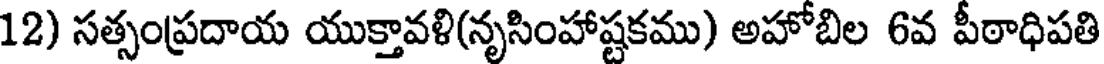
12) సత్సంప్రదాయ యుక్తావళి(నృసింహాష్టకము) అహోబిల 6వ పీఠాధిపతి